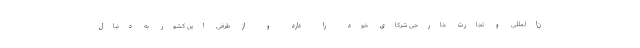
ن‌المللی و تجارت خارجی شرکای خود را دارد و از طرفی این کشور به دنبال